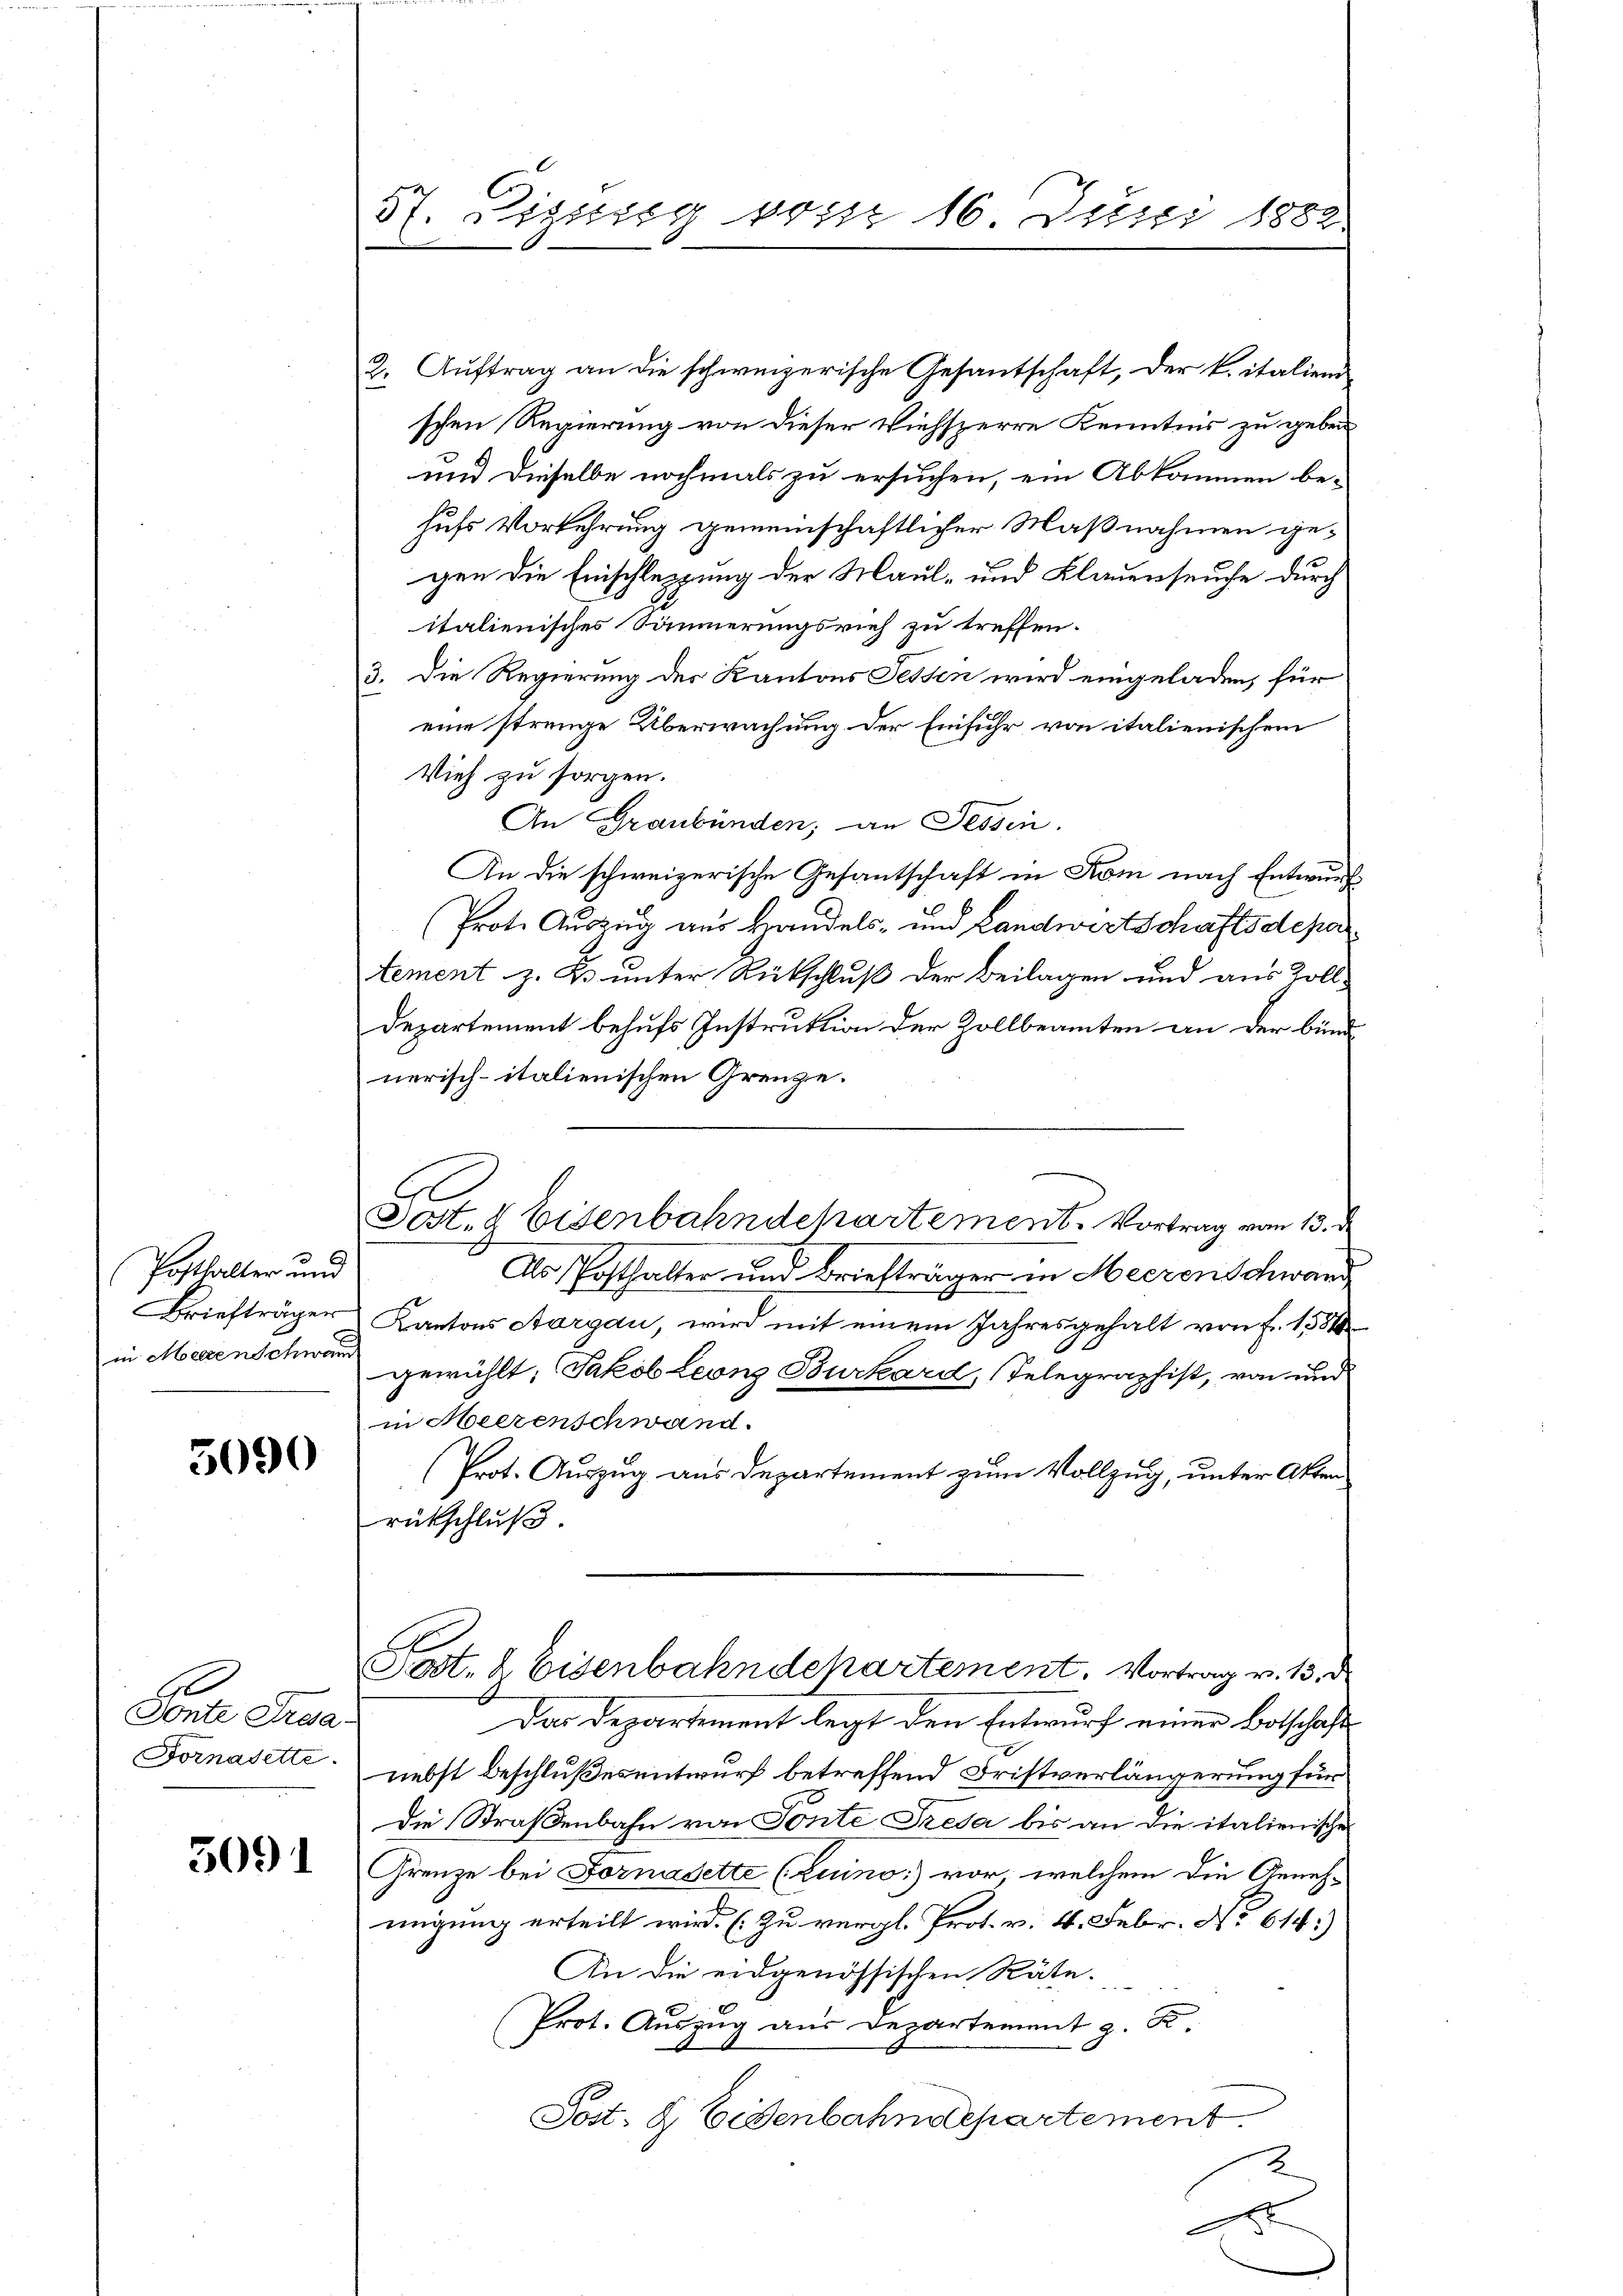
Posthalter und
Briefträger
in Megenschwam

5090

A
Sonte Prosa¬
Fornasette

3091

57. Disseg von 16 Juni 1882

2. Auftrag an die schweizerische Gesantschaft, der k. italien
schen Regierung von dieser Viehsperre Kenntnis zu geben
und dieselbe nochmals zu ersuchen, ein Abkommen be-
hufs Vorkehrung gemeinschaftlicher Maßnahmen ge-
gen die Einschleppung der Maul- und Klauenseuche durch
italienisches Säumerungsrich zu treffen.
3. Die Regierung des Kantons Fessen wird eingeladen, für
eine strenge Überwachung der Einfuhr von italienischem
Vieh zu sorgen.
An Graubünden; an Tessin.
An die schweizerische Gesantschaft in Kom nach Entwurf
Prote Auszug aus Handels- und Landwirtschaftsdepartement z. K. unter Rückschluß der Beilagen und aus Zoll-
Departement behufs Instruktion der Zollbeamten an der bundnerisch-italienischen Grenze.
Sest. & Eisenbahndchartement. Vortrag vom 13. de
Als Posthalter und Briefträger in Meeren Schwand
Kantons Aargau, wird mit einem Jahresgehalt von f. 1581
gewühlt, Jakob Leonz Burkard, Telegraphist, von und
in Heerenschwand.
(Prot. Auszug aus Departement zum Vollzug, unter Akten
rückschluß
R
Post. 2. Eisenbahndepartement. Vortrag v. 13. d
Das Departement legt den Entwurf einer Botschaft
nebst Beschlußes entwurf betreffend Fristverlängerung für
Die Straßenbahn von Ponte Tresa bis an die italienische
Grenze bei Fornadette (Luino:) vor, welchem die Geneh-
migung erteilt wird. (Zu vergl. Prot. v. 4. Febr. No 614.)
An die eidgenössischen Räte.
Prot. Auszug aus Departement z. R.
Post- & Eisenbahndepartement